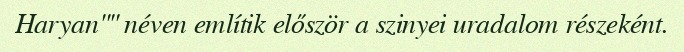
Haryan"" néven említik először a szinyei uradalom részeként.